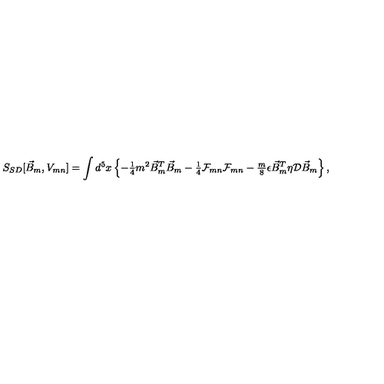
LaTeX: S _ { S D } [ \vec { B } _ { m } , V _ { m n } ] = \int d ^ { 5 } x \left\{ - { \textstyle \frac { 1 } { 4 } } m ^ { 2 } \vec { B } _ { m } ^ { T } \vec { B } _ { m } - { \textstyle \frac { 1 } { 4 } } { \cal F } _ { m n } { \cal F } _ { m n } - { \textstyle \frac { m } { 8 } } \epsilon \vec { B } _ { m } ^ { T } \eta \mathcal { D } \vec { B } _ { m } \right\} ,